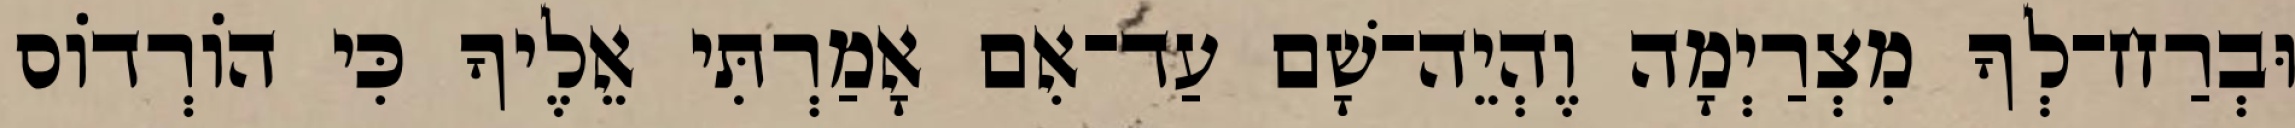
וּבְרַח־לְךָ מִצְרַיְמָה וֶהְיֵה־שָׁם עַד־אִם אָמַרְתִּי אֵלֶיךָ כִּי הוֹרְדוֹס